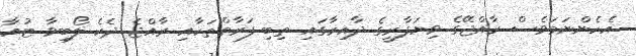
އެހެންނަމަވެސް ރާއްޖޭގެ ވިޔަފާރީގެ ދާއިރާގައި ތިބި ފަރާތްތަކާއި ރާއްޖެ ދެކެ ލޯބިވާ ޓުއާ